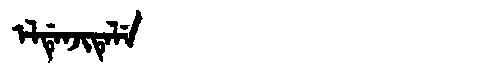
Manchu: ᡝᠯᡩᡝᠨᠵᡳᡨᡝᠯᡝ
Romanization: ELDENJITELE